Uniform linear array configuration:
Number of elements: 12
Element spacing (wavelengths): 1
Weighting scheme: exponential
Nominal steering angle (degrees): -30
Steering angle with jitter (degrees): -28.941
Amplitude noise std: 0.05
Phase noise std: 0.05

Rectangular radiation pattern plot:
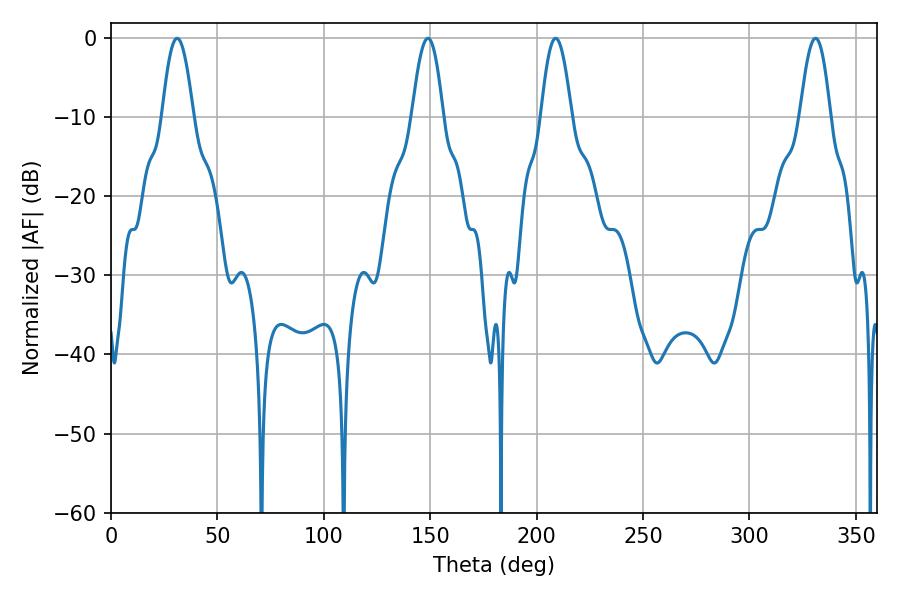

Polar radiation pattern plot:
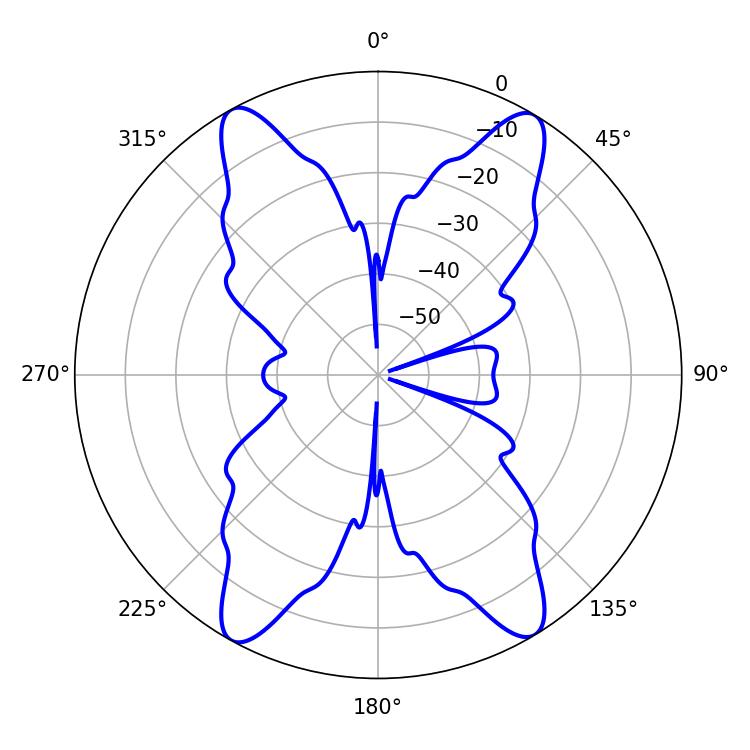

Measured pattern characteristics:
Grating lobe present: TRUE
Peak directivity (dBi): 22.321
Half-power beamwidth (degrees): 7.74
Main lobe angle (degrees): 208.98